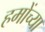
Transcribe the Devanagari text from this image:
हमोंच्या